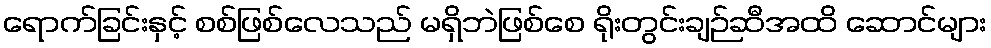
ရောက်ခြင်းနှင့် စစ်ဖြစ်လေသည် မရှိဘဲဖြစ်စေ ရိုးတွင်းချဉ်ဆီအထိ ဆောင်များ